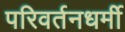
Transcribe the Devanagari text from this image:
परिवर्तनधर्मी